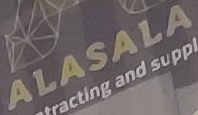
ALASALA